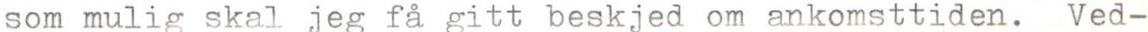
som mulig skal jeg få gitt beskjed om ankomsttiden. Ved-